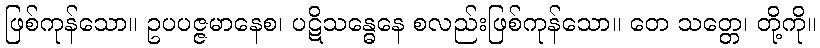
ဖြစ်ကုန်သော။ ဥပပဇ္ဇမာနေစ၊ ပဋိသန္ဓေနေ စလည်းဖြစ်ကုန်သော။ တေ သတ္တေ၊ တို့ကို။